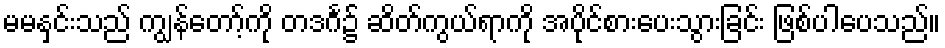
မမနှင်းသည် ကျွန်တော့်ကို တဒင်္ဂ၌ ဆိတ်ကွယ်ရာကို အပိုင်စားပေးသွားခြင်း ဖြစ်ပါပေသည်။